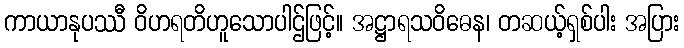
ကာယာနုပဿီ ဝိဟရတိဟူသောပါဌ်ဖြင့်။ အဋ္ဌာရသဝိဓေန၊ တဆယ့်ရှစ်ပါး အပြား